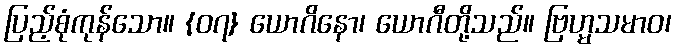
ပြည့်စုံကုန်သော။ {၀၇} ယောဂိနော၊ ယောဂီတို့သည်။ ဗြဟ္မသမာဝ၊